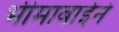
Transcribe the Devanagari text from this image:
भीमाबाईने